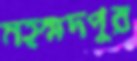
মহম্মদপুর